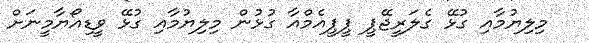
މިލިޔުމާއި ގުޅޭ ގެލަރީޖޭޕީ ޕީޕީއެމްއާ ގުޅުން މިލިޔުމާއި ގުޅޭ ވީޑިއޯޔާމީނަށް